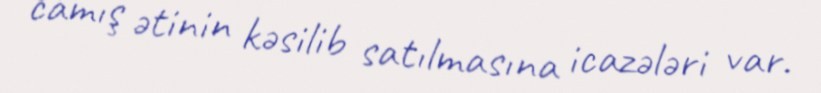
camış ətinin kəsilib satılmasına icazələri var.